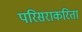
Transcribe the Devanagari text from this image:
परिसराकरिता